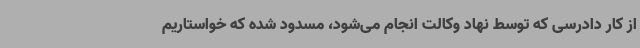
از کار دادرسی که توسط نهاد وکالت انجام می‌شود، مسدود شده که خواستاریم